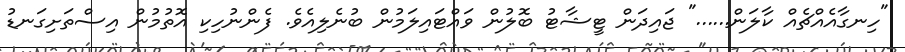
"ހިނގާއެއްޗެއް ކާލަން......" ޖައިދަން ޓީޝާޓު ބޮލުން ވައްޓައިލަމުން ބުނެލިއެވެ. ފެންނުހިކި އޮތުމުން އިސްތަށިގަނޑު